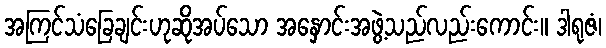
အကြင်သံခြေချင်းဟုဆိုအပ်သော အနှောင်းအဖွဲ့သည်လည်းကောင်း။ ဒါရုဇံ၊